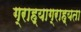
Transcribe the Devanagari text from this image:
ग्राह्याग्राह्यता